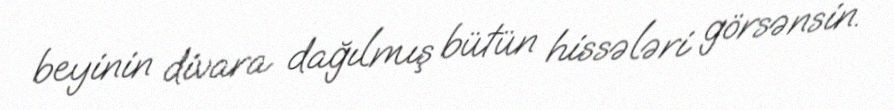
beyinin divara dağılmış bütün hissələri görsənsin.